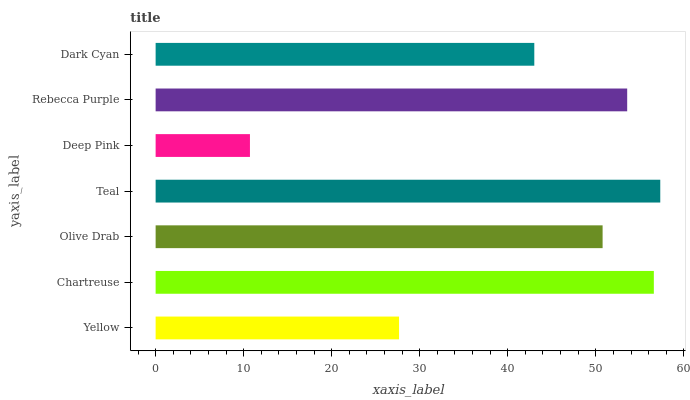
| yaxis_label | bars |
 | --- | --- |
 | Yellow | 27.6 |
 | Chartreuse | 56.6 |
 | Olive Drab | 50.8 |
 | Teal | 57.3 |
 | Deep Pink | 10.7 |
 | Rebecca Purple | 53.6 |
 | Dark Cyan | 43 |